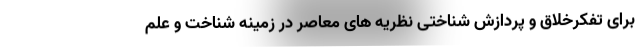
برای تفکرخلاق و پردازش شناختی نظریه های معاصر در زمینه شناخت و علم